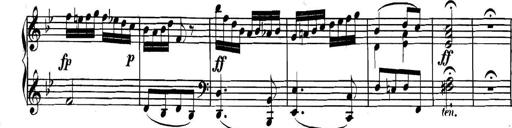
Title: Collected Piano Sonatas
Composer: Muzio Clementi